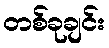
တစ်ခုချင်း